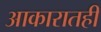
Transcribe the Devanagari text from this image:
आकारातही